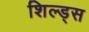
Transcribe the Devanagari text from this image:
शिल्ड्स